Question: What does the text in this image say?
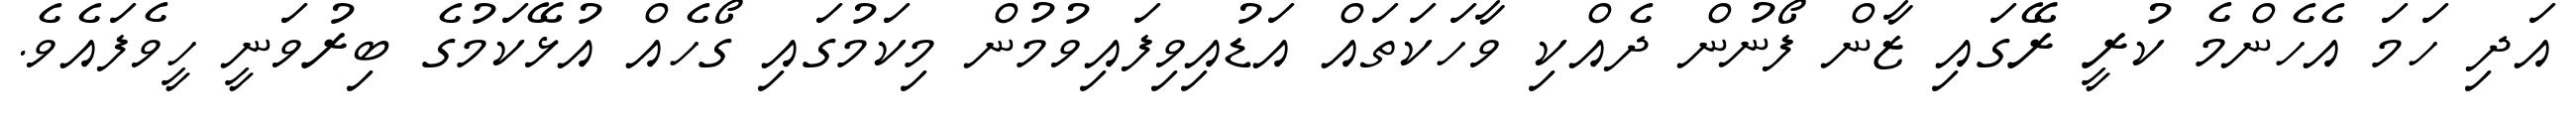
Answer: އަދި ހަމަ އެހެންމެ ކުރީ ރޭގައި ޒާން ފޯނުން ދެއްކި ވާހަކަތައް އަޑުއިވިފައިވުމުން މިކަމުގައި ގޯހެއް އުޅޭކަމުގެ ބިރުވަނީ ހީވެފައެވެ.